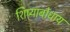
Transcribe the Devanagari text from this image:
शिष्याबोधाय